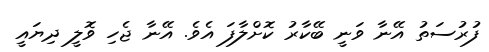
ފުރުސަތު އޭނާ ވަނީ ބޭކާރު ކޮށްލާފަ އެވެ. އޭނާ ޖެހި ވޮލީ ދިޔައީ